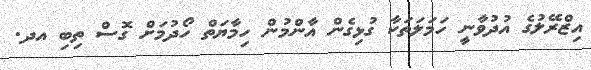
އިޒްރޭލުގެ އުދުވާނީ ހަމަލަތަކާ ގުޅިގެން އާންމުން ހިމާޔަތް ހޯދުމަށް ގޮސް ތިބި އދ.